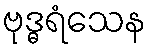
ဗုဒ္ဓရံသေန